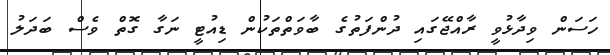
ހަސަން ވިދާޅުވީ ރާއްޖޭގައި ދުންފަތުގެ ބާވަތްތަކުން ޑިއުޓީ ނަގާ ގޮތް ވެސް ބަދަލު